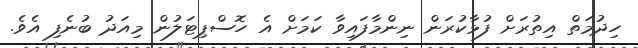
ހިދުމަތް އިތުރަށް ފުޅާކުރަން ނިންމާފައިވާ ކަަމަށް އެ ހޮސްޕިޓަލުން މިއަދު ބުނެފި އެވެ.